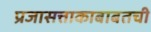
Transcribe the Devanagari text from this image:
प्रजासत्ताकाबाबतची